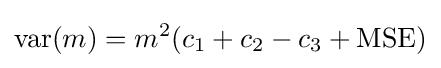
\operatorname {var} (m)=m^{2}(c_{1}+c_{2}-c_{3}+{\text{MSE}})